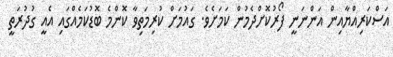
އަސްކަރިއްޔާއިން އަންނަނީ ފޯރުކޮށްދެމުން ކަމަށެވެ. ގައުމަށް ކުރިމަތިވާ ކޮންމެ ބޮޑުކަމެއްގައި އެއީ ގުދުރަތީ